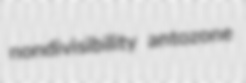
nondivisibility antozone